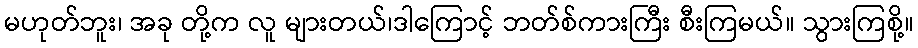
မဟုတ်ဘူး၊ အခု တို့က လူ များတယ်၊ဒါကြောင့် ဘတ်စ်ကားကြီး စီးကြမယ်။ သွားကြစို့။